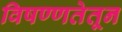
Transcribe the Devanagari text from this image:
विषण्णतेतून